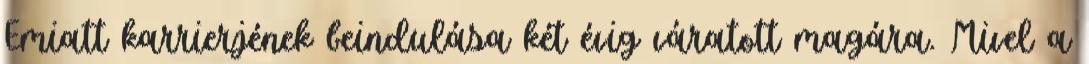
Emiatt karrierjének beindulása két évig váratott magára. Mivel a